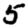
Digit: 5